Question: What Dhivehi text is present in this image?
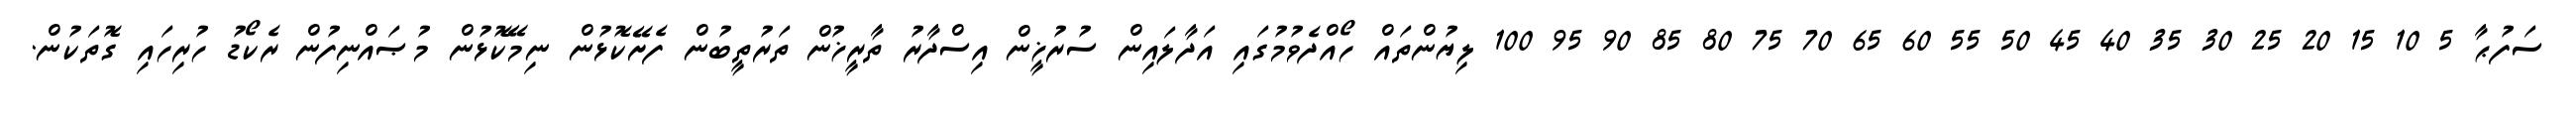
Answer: ސަފުޙާ 5 10 15 20 25 30 35 40 45 50 55 60 65 70 75 80 85 90 95 100 ލިޔުންތައް ހޯއްދެވުމުގައި އަދާލައިން ސުރުޚީން އިސްދާރު ތާރީޚުން ތަރުތީބުން ފެށޭކޮޅުން ނިމޭކޮޅުން މުޞައްނިފުން ރެކޯޑު ހުރިހައި ގޮތަކުން.